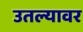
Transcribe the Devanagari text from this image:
उतल्यावर